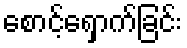
စောင့်ရှောက်ခြင်း